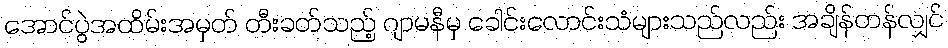
အောင်ပွဲအထိမ်းအမှတ် တီးခတ်သည့် ဂျာမနီမှ ခေါင်းလောင်းသံများသည်လည်း အချိန်တန်လျှင်